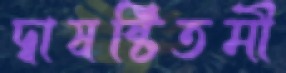
দ্বাষষ্টিতমী